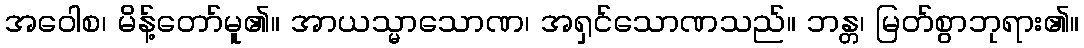
အဝေါစ၊ မိန့်တော်မူ၏။ အာယသ္မာသောဏ၊ အရှင်သောဏသည်။ ဘန္တ၊ မြတ်စွာဘုရား၏။